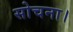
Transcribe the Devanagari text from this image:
सोचना।